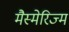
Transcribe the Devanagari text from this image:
मैस्मेरिज्म